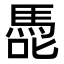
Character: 𭊢